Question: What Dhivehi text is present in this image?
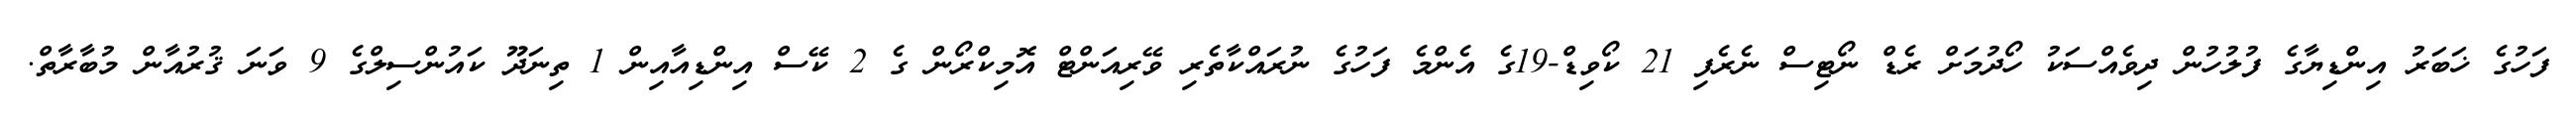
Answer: ފަހުގެ ޚަބަރު އިންޑިޔާގެ ފުލުހުން ދިވެއްސަކު ހޯދުމަށް ރެޑް ނޯޓިސް ނެރެފި 21 ކޯވިޑް-19ގެ އެންމެ ފަހުގެ ނުރައްކާތެރި ވޭރިއަންޓް އޮމިކްރޯން ގެ 2 ކޭސް އިންޑިއާއިން 1 ތިނަދޫ ކައުންސިލްގެ 9 ވަނަ ޤުރުއާން މުބާރާތް.